Scottish Leaving Certificate Examination, 1951
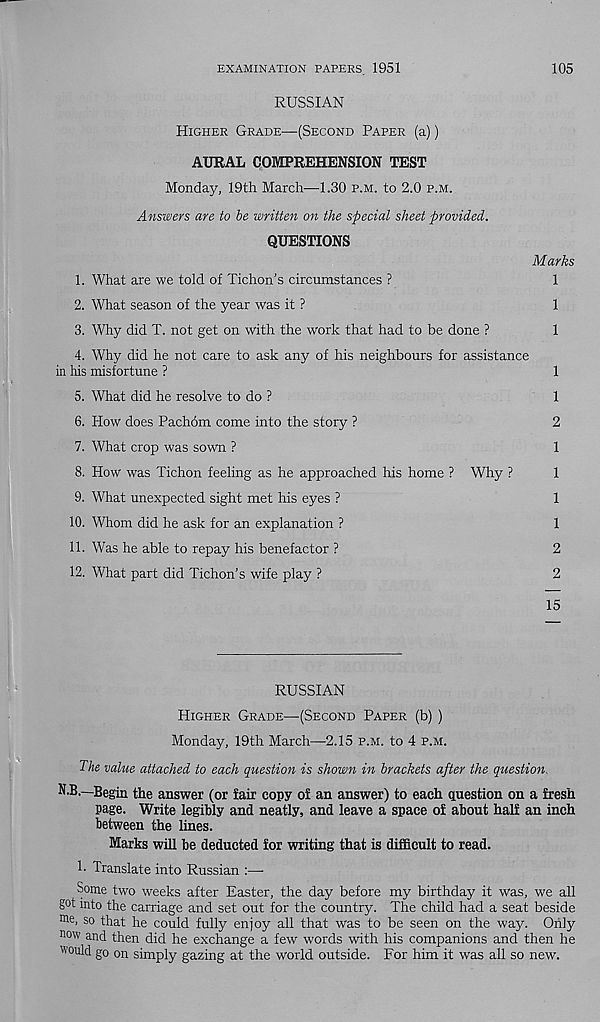
EXAMINATION PAPERS 1951
105
RUSSIAN
Higher Grade—(Second Paper (a))
AURAL COMPREHENSION TEST
Monday, 19th March—1.30 p.m. to 2.0 p.m.
Answers are to be written on the special sheet provided.
QUESTIONS
Marks
1. What are we told of Tichon’s circumstances ?
1
2. What season of the year was it ?
1
3. Why did T. not get on with the work that had to be done ?
1
4. Why did he not care to ask any of his neighbours for assistance
in his misfortune ?
1
5. What did he resolve to do ?
1
6. How does Pachom come into the story ?
2
7. What crop was sown ?
1
8. How was Tichon feeling as he approached his home ? Why ?
1
9. What unexpected sight met his eyes ?
1
10. Whom did he ask for an explanation ?
1
11. Was he able to repay his benefactor ?
2
12. What part did Tichon’s wife play ?
2
15
RUSSIAN
Higher Grade—(Second Paper (b) )
Monday, 19th March—2.15 p.m. to 4 p.m.
The value attached to each question is shown in brackets after the question.
N.B.—Begin the answer (or fair copy of an answer) to each question on a fresh
page. Write legibly and neatly, and leave a space of about half an inch
between the lines.
Marks will be deducted for writing that is difficult to read.
h Translate into Russian :—-
Some two weeks after Easter, the day before my birthday it was, we all
got into the carriage and set out for the country. The child had a seat beside
me > so that he could fully enjoy all that was to be seen on the way. Only
now and then did he exchange a few words with his companions and then he
would go on simply gazing at the world outside. For him it was all so new.